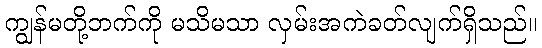
ကျွန်မတို့ဘက်ကို မသိမသာ လှမ်းအကဲခတ်လျက်ရှိသည်။